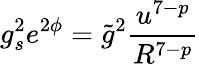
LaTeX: g_{s}^{2}e^{2\phi}=\tilde{g}^{2}\frac{u^{7-p}}{R^{7-p}}